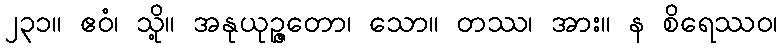
၂၃၁။ ဧဝံ၊ သို့။ အနုယုဉ္ဇတော၊ သော။ တဿ၊ အား။ န စိရေဿဝ၊